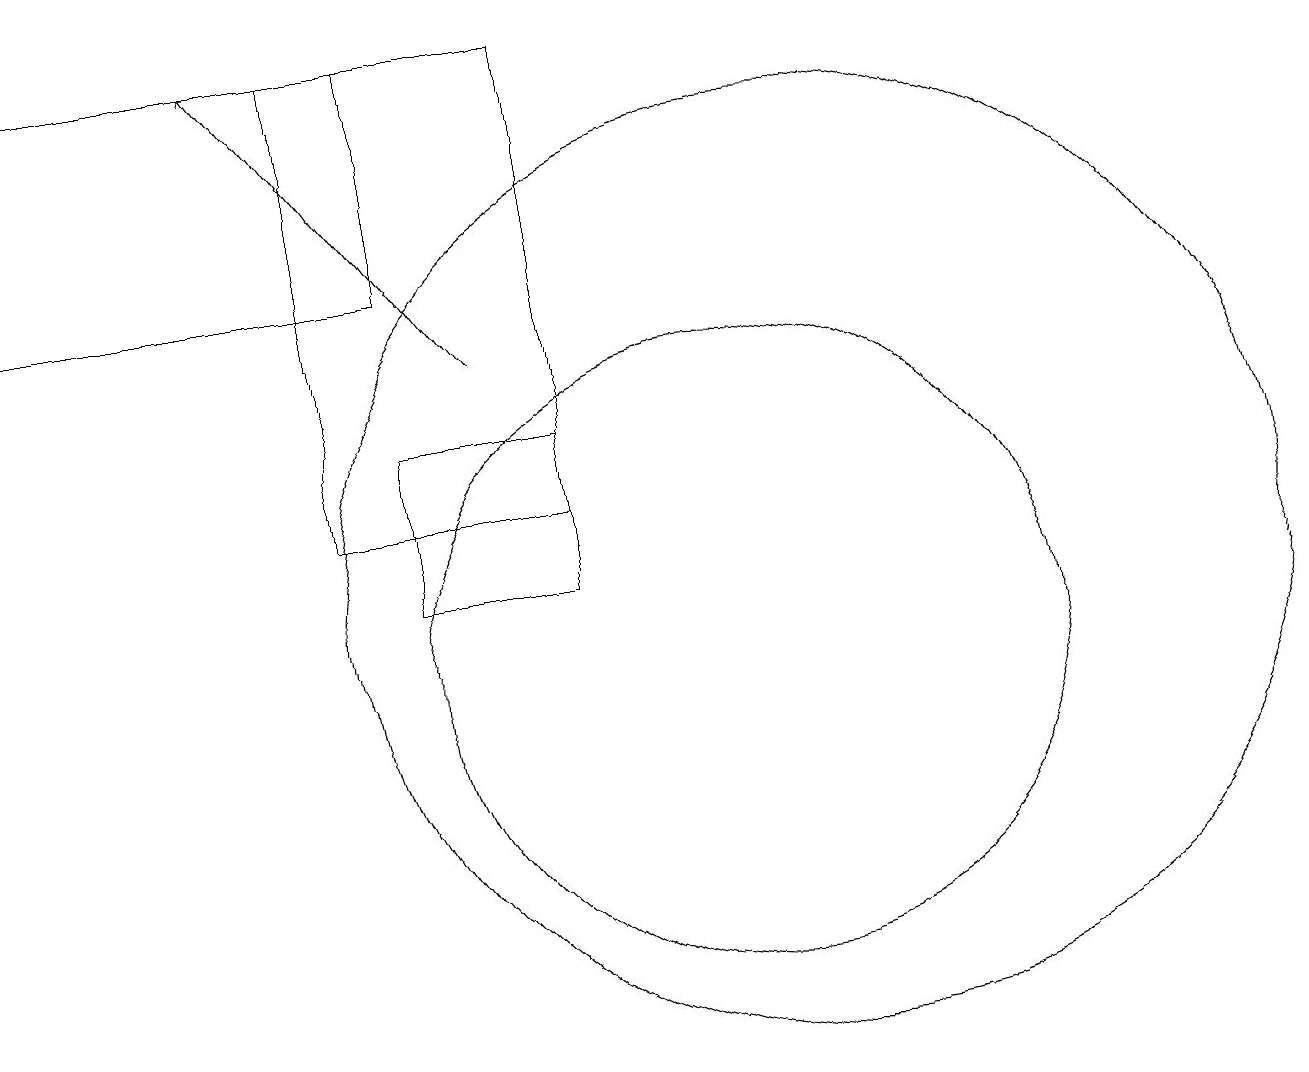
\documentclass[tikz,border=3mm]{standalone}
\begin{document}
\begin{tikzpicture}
\draw (1,18) rectangle (6,15);
\draw (5,12) rectangle (8,18);
\draw[->] (7,14) -- (4,18);
\draw (10,10) circle (4);
\draw (11,11) circle (6);
\draw (8,13) rectangle (6,11);
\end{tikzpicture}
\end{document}